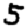
Digit: 5